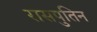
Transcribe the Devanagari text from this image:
रासपुतिन